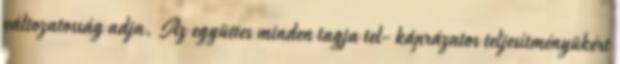
változatosság adja. Az együttes minden tagja tel- káprázatos teljesítményükért